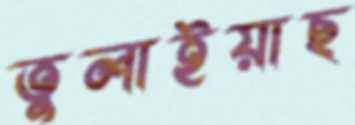
তুলাইয়াছ